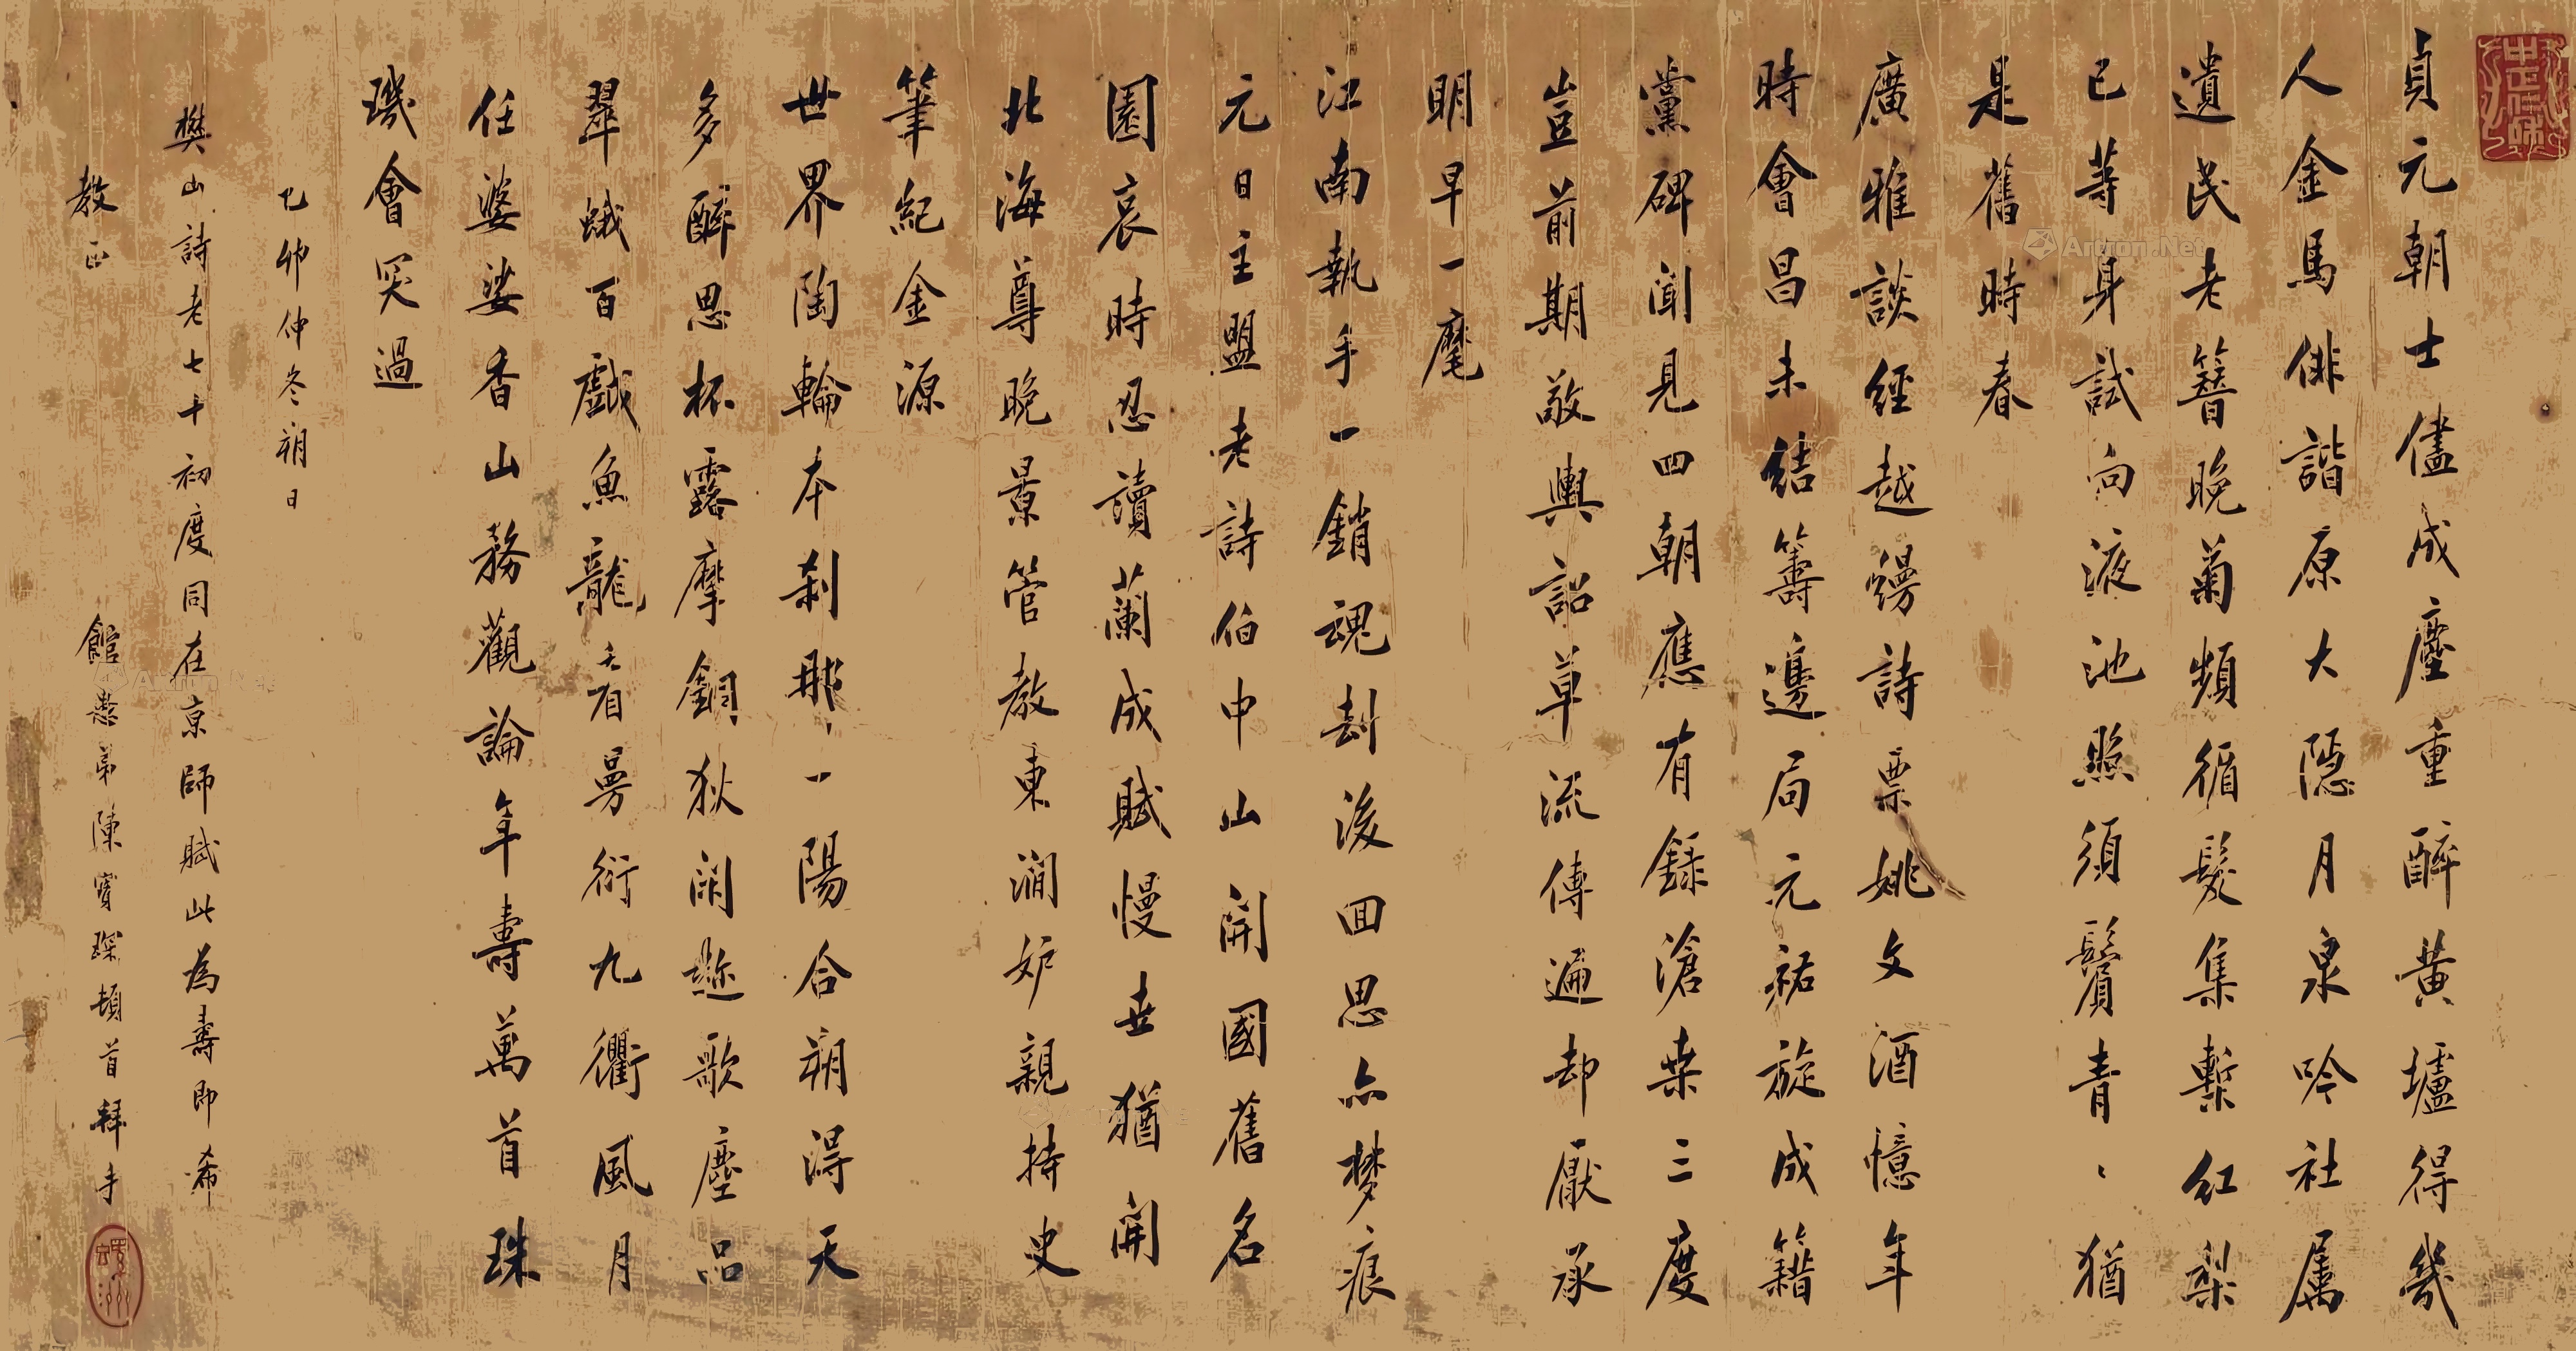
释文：贞元朝士尽成尘，重醉黄垆得几人。金马俳谐原大隐，月泉吟社属遗民。老簪晚菊频循发，集椠红梨已等身。试向液池照须鬓，青青犹是旧时春。广雅谈经越缦诗，票姚文酒忆年时。会昌未结筹边局，元佑旋成籍党碑。闻见四朝应有录，沧桑三度岂前期。敬舆诏草流传遍，却厌承明早一麾。江南执手一销魂，劫后回思亦梦痕。元日主盟老诗伯，中山开国旧名园。哀时忍读兰成赋，慢世犹开北海尊，晚景管教东涧妒，亲持史笔记金源。世界陶轮本刹那，一阳合朔得天多。醉思杯露摩铜狄，闲趁歌尘品翠娥。百戏鱼龙看曼衍，九衢风月任婆娑。香山务观论年寿，万首珠玑会突过。乙卯仲冬朔日，樊山诗老七十初度，同在京师，赋此为寿，即希教正。馆愚弟陈宝琛顿首拜手。